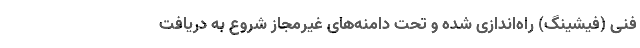
فنی (فیشینگ) راه‌اندازی شده و تحت دامنه‌های غیرمجاز شروع به دریافت